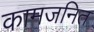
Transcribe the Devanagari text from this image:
कामजनित